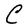
Character: C